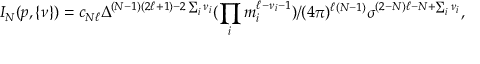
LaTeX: I _ { N } ( p , \{ \nu \} ) = c _ { N \ell } \Delta ^ { ( N - 1 ) ( 2 \ell + 1 ) - 2 \sum _ { i } \nu _ { i } } ( \prod _ { i } m _ { i } ^ { \ell - \nu _ { i } - 1 } ) / ( 4 \pi ) ^ { \ell ( N - 1 ) } \sigma ^ { ( 2 - N ) \ell - N + \sum _ { i } \nu _ { i } } ,